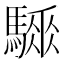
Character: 𩥗